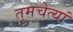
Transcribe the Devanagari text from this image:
तुमचेत्यां